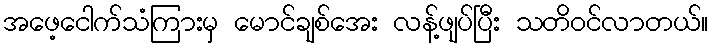
အဖေ့ငေါက်သံကြားမှ မောင်ချစ်အေး လန့်ဖျပ်ပြီး သတိဝင်လာတယ်။